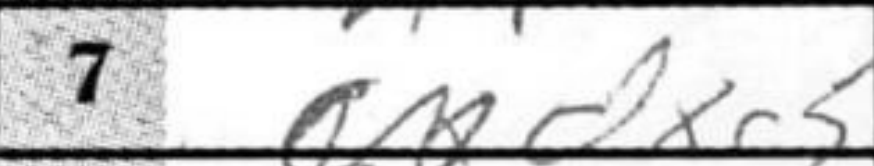
Transcription: dxc5